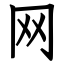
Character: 网